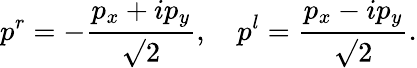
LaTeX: p^{r}=-\frac{p_{x}+ip_{y}}{\surd 2},\quad p^{l}=\frac{p_{x}-ip_{y}}{\surd 2}.